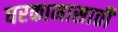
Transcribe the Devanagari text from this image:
घरकामासाठी